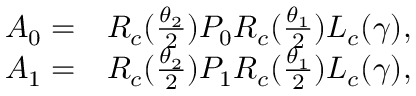
\begin{array} { r l } { A _ { 0 } = } & { { } R _ { c } ( \frac { \theta _ { 2 } } { 2 } ) P _ { 0 } R _ { c } ( \frac { \theta _ { 1 } } { 2 } ) L _ { c } ( \gamma ) , } \\ { A _ { 1 } = } & { { } R _ { c } ( \frac { \theta _ { 2 } } { 2 } ) P _ { 1 } R _ { c } ( \frac { \theta _ { 1 } } { 2 } ) L _ { c } ( \gamma ) , } \end{array}